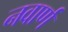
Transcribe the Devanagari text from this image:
नवार्ण